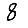
Digit: 8